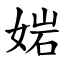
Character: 㛧